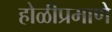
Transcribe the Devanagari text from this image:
होळीप्रमाणे